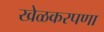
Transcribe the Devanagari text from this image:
खेळकरपणा